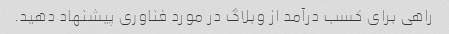
راهی برای کسب درآمد از وبلاگ در مورد فناوری پیشنهاد دهید.